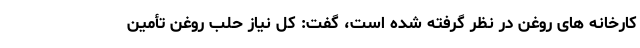
کارخانه های روغن در نظر گرفته شده است، گفت: کل نیاز حلب روغن تأمین